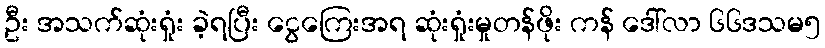
ဦး အသက်ဆုံးရှုံး ခဲ့ရပြီး ငွေကြေးအရ ဆုံးရှုံးမှုတန်ဖိုး ကန် ဒေါ်လာ ၆၆ဒသမ၅